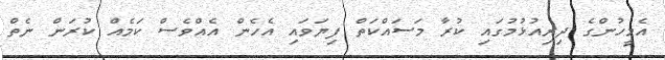
އެމީހުންގެ ދިރިއުޅުމުގައި ކުރާ މަސައްކަތް ފިޔަވައި އެހެން އެއްވެސް ކަމެއް ކުރަން ނެތް